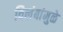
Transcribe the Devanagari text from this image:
विलंबांमुळे